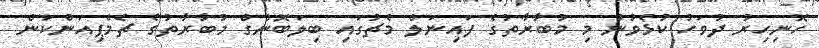
ހޮނިހިރު ދުވަހު ކުޅެވުނު މި މުބާރާތުގެ ފައިނަލް މެޗުގައި ބިލަބޮންގް މުބާރާތުގެ ޗެމްޕިއަންކަން